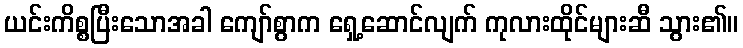
ယင်းကိစ္စပြီးသောအခါ ကျော်စွာက ရှေ့ဆောင်လျက် ကုလားထိုင်များဆီ သွား၏။